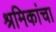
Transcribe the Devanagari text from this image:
श्रमिकांचा